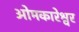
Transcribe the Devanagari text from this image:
ओमकारेश्वर